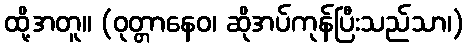
ထို့အတူ။ (ဝုတ္တာနေဝ၊ ဆိုအပ်ကုန်ပြီးသည်သာ၊)